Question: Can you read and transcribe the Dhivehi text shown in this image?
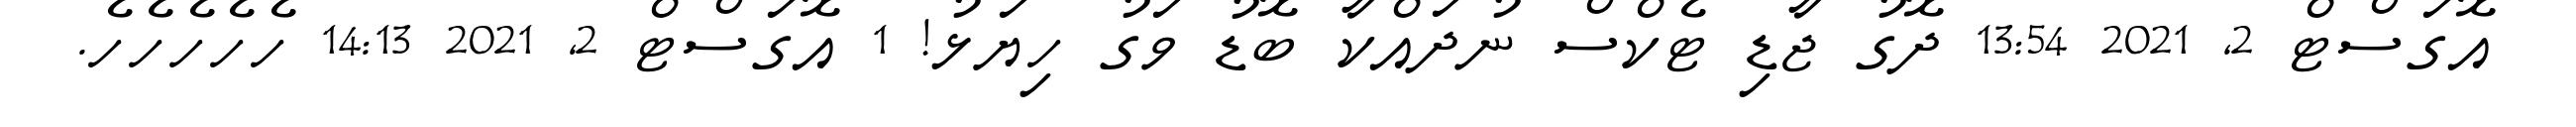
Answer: އޮގަސްޓް 2, 2021 13:54 ދޮގު ޖާޑި ޓެކްސް ނުދައްކާ ބޮޑު ވަގު ހިޔަޅު! 1 އޮގަސްޓް 2, 2021 14:13 ހެހެހެހެހެ.